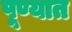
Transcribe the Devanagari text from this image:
पूण्यात